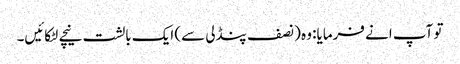
تو آپ انے فرمایا: وہ (نصف پنڈلی سے) ایک بالشت نیچے لٹکائیں۔